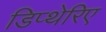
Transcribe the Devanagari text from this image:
डिप्थेरिए